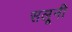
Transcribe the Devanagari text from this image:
सलूनी